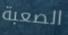
الصعبة